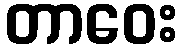
တာဝေး